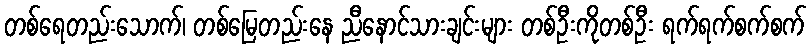
တစ်ရေတည်းသောက်၊ တစ်မြေတည်းနေ ညီနောင်သားချင်းများ တစ်ဦးကိုတစ်ဦး ရက်ရက်စက်စက်